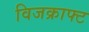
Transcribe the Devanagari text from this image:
विजक्राफ्ट